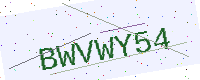
Text: BWVWY54